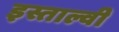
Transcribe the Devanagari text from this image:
इस्ताल्वी